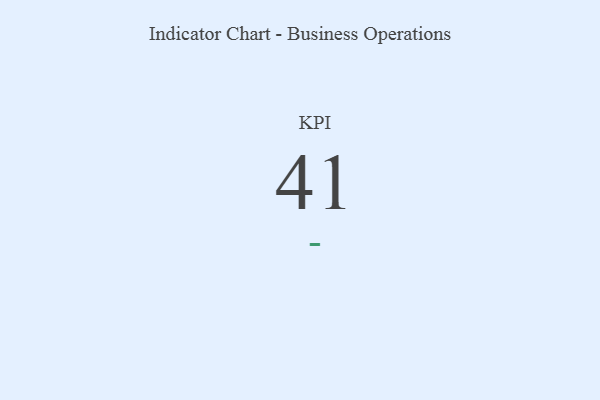
{"axis": {"x": "KPI", "y": "Value"}, "legend": [""], "data": [{"x": "KPI", "y": 41, "type": ""}]}